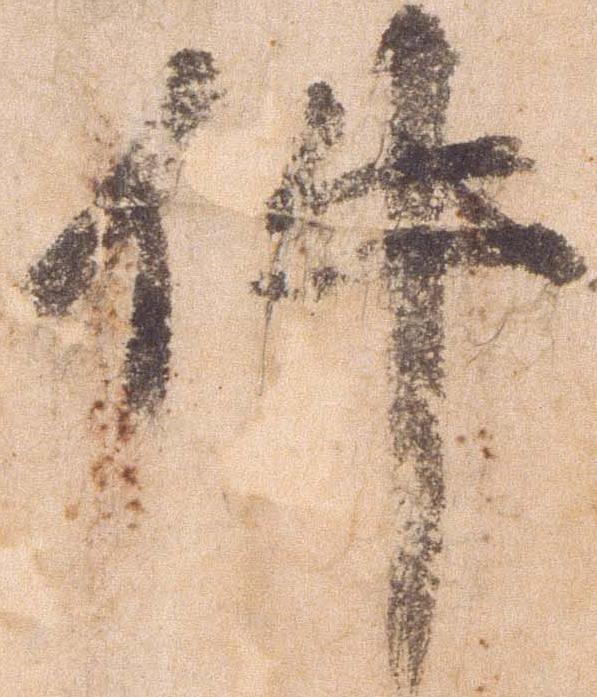
件